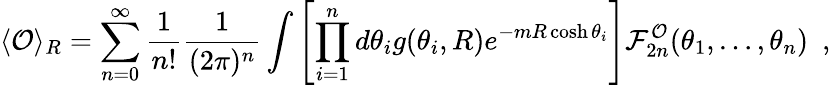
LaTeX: \langle{\cal O}\rangle_{R}=\sum_{n=0}^{\infty}\frac{1}{n!}\frac{1}{(2\pi)^{n}}\int\left[\prod_{i=1}^{n}d\theta_{i}g(\theta_{i},R)e^{-mR\cosh\theta_{i}}\right]{\cal F}_{2n}^{\cal O}(\theta_{1},\ldots,\theta_{n})\, \, \, ,